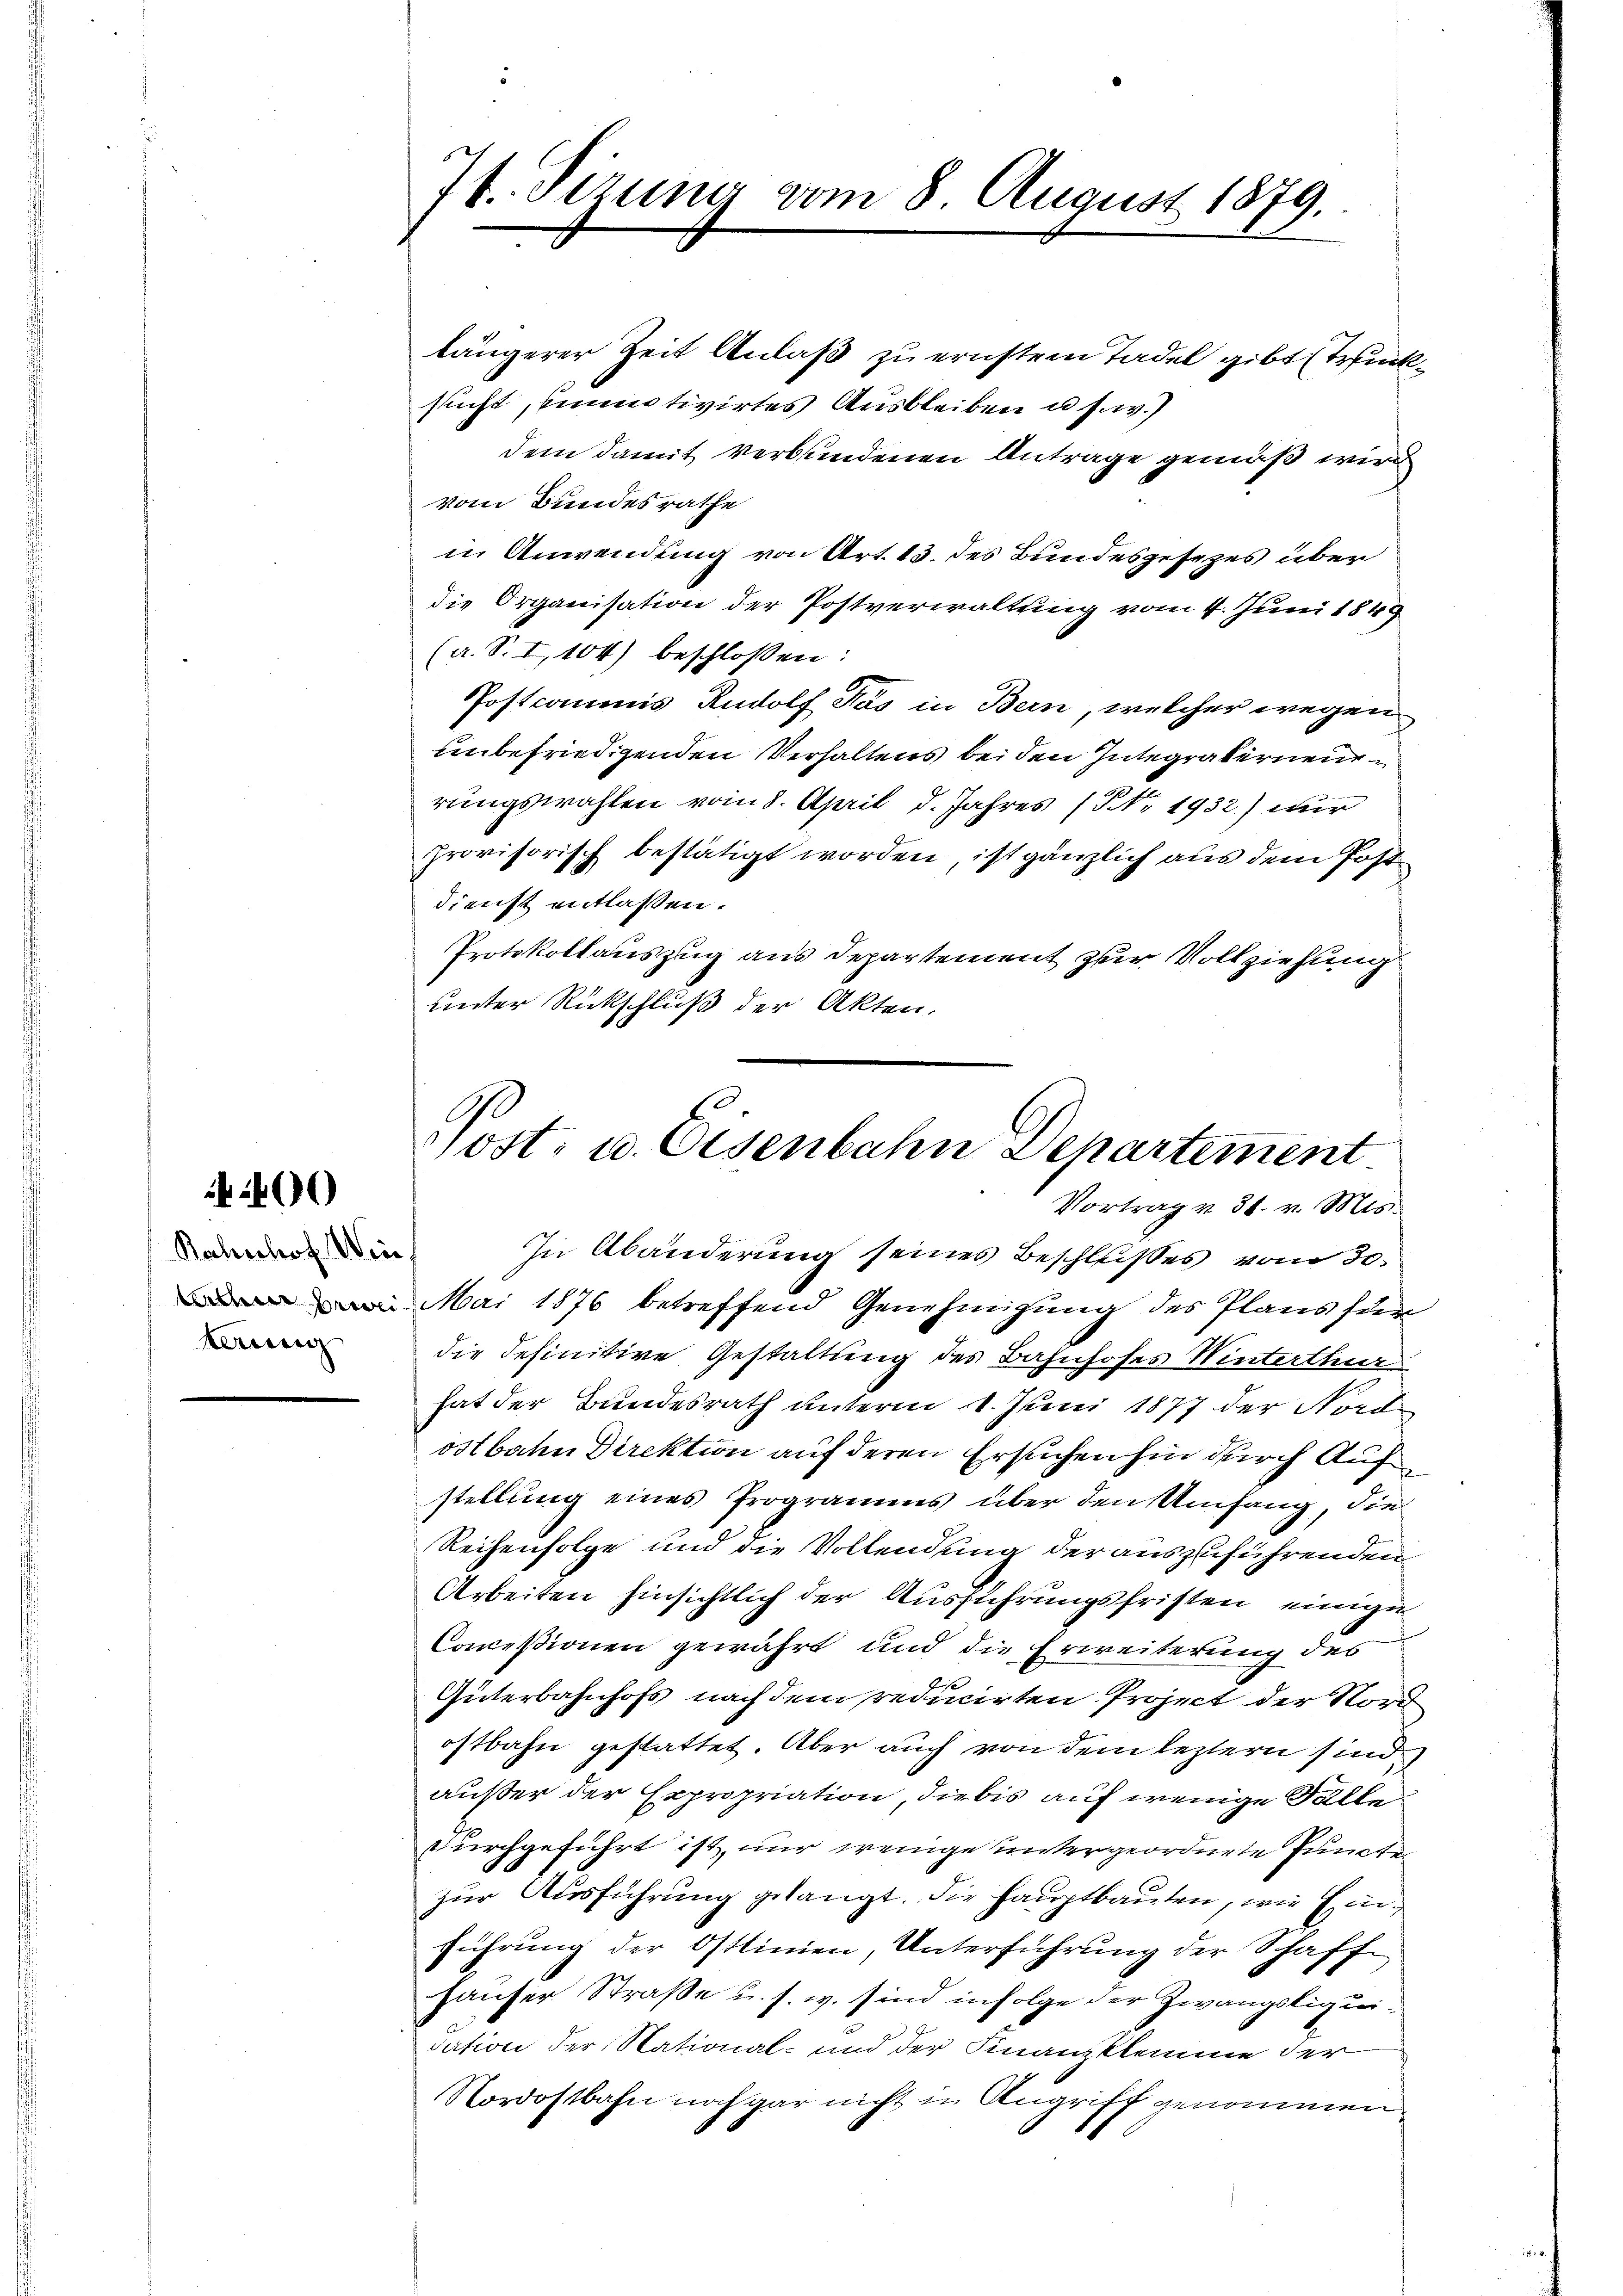
400

Rahnhof. Wen
tette bewei
teung

74. Sizung vom 8. August 1879.

längerer Zeit Anlaß zu ernstem Tadel gibt Trücksucht, unmotivirtes Ausbleiben u. s. w.)
dem damit verbundenen Antrage gemäß wird
vom Bundesrathe
in Anwendung von Art. 13. des Bundesgesezes über
die Organisation der Postverwaltung vom 4. Juni 1849
(a. S. I,104) beschlossen:
Postcommis Rudolf Pás in Bern, welcher wegen
unbefriedigenden Verhaltens bei den Integräbernenrungswahlen vom 8. April d. Jahres (§ Nr 1932) wir
provisorisch bestätigt worden, ist gänzlich aus dem Postdienst entlassen.
Protokollauszug aus Departement zur Vollziehung
unter Rückschluß der Akten.

ost. u. Eisenbahn Departement
Vortrag v. 31. v. Mts.

In Abänderung seines Beschlußes vom 30.
Mai 1876 betreffend Genehmigung des Plans für
die definitive Gestaltung des Bahnhofes Winterthur
hat der Bundesrath unterm 1. Juni 1877 der Nord
ostbahn Direktion auf deren Ersuchen hin durch Aufstellung eines Programms über den Umfang, die
Reihenfolge und die Vollendung der auszuführenden
Arbeiten hinsichtlich der Ausführungsfristen, einiger
Conceßionen gewährt und die Erweiterung des
Post
Güterbahnhofs nach dem reducirten Project der Nord
ostbahn gestattet. Aber auch von dem leztern sind
außer der Expropriation, die bis auf wenige Falle
durchgeführt ist, nur wenige untergeordnete Puncte
zur Ausführung gelangt. Die Hauptbauten, wie Einführung der Ostlinien, Unterführung der Schaff-
hauser Straße u. s. w. sind infolge der Zwangsliquidation der Stational- und der Finanzklemme der
Nordostbahn noch gar nicht in Angriff genommen